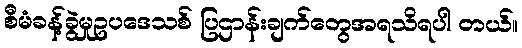
စီမံခန့်ခွဲမှုဥပဒေသစ် ပြဌာန်းချက်တွေအရသိရပါ တယ်။